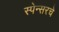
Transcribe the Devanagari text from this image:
स्पेन्सरचे